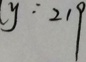
y : 2 1 9